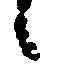
候